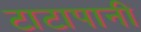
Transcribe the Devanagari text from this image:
टाटापानी